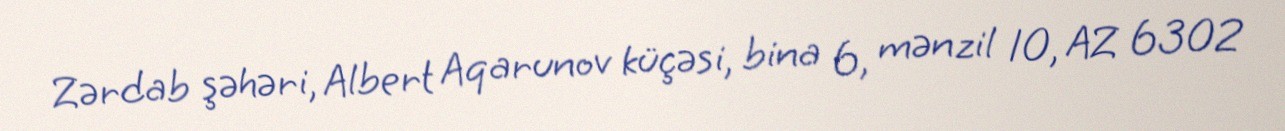
Zərdab şəhəri, Albert Aqarunov küçəsi, bina 6, mənzil 10, AZ 6302